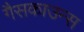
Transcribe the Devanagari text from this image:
गैसकाउन्स